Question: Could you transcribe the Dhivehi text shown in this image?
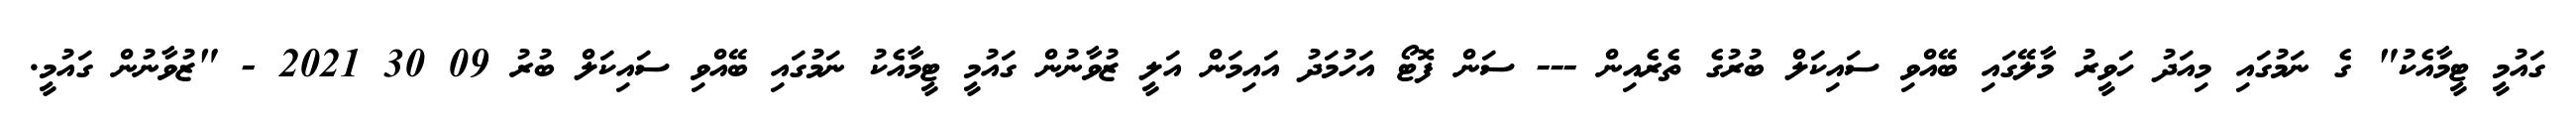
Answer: ގައުމީ ޓީމާއެކު" ގެ ނަމުގައި މިއަދު ހަވީރު މާލޭގައި ބޭއްވި ސައިކަލް ބުރުގެ ތެރެއިން --- ސަން ފޮޓޯ އަހުމަދު އައިމަން އަލީ ޒުވާނުން ގައުމީ ޓީމާއެކު ނަމުގައި ބޭއްވި ސައިކަލް ބުރު 09 30 2021 - "ޒުވާނުން ގައުމީ.